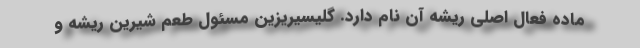
ماده فعال اصلی ریشه آن نام دارد. گلیسیریزین مسئول طعم شیرین ریشه و